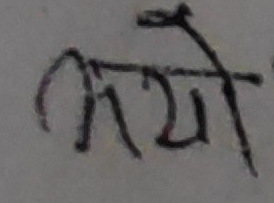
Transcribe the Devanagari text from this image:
कयो